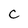
Character: C